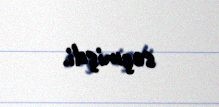
seçmişdi.